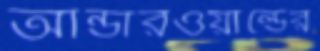
আন্ডারওয়ার্ল্ডের